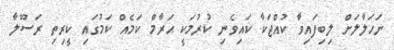
ނަހަލާލަށް ލިބިފައިވާ ކުއްޖަކާ ކައިވެނި ކުރުމަކީ ޙަރާމް ކަމެއް ކަމުގައި ކީރިތި ރަސޫލާ